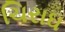
ચિરાઘ